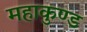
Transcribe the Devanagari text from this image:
महाकुण्ड